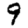
Digit: 9